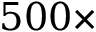
5 0 0 \times